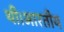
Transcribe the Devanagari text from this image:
थी।भारतीय